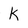
Character: K